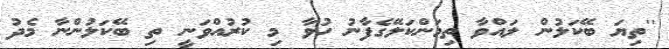
''ތިޔަ ބޭކަލުން ލައްވާ ތިމަންކަލޭގެފާނު ހުވާ މި ކުރުއްވަނީ ތި ބޭކަލުންނާ މެދު